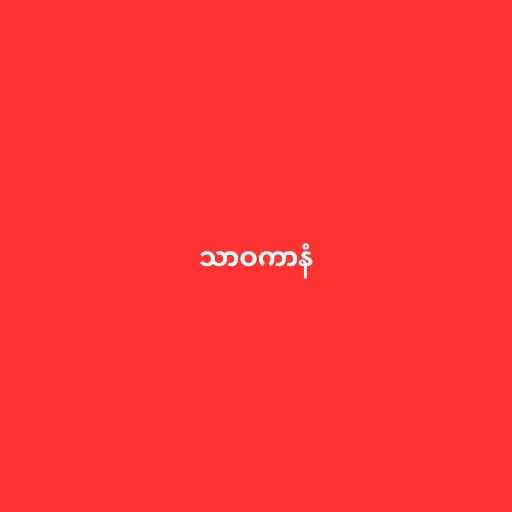
သာဝကာနံ